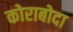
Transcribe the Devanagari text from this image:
कोराबोदा